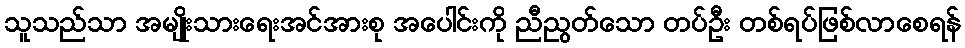
သူသည်သာ အမျိုးသားရေးအင်အားစု အပေါင်းကို ညီညွတ်သော တပ်ဦး တစ်ရပ်ဖြစ်လာစေရန်